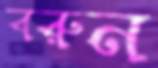
বরুন